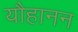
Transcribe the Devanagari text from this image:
यौहानन